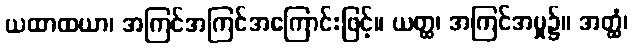
ယထာထယာ၊ အကြင်အကြင်အကြောင်းဖြင့်။ ယတ္ထ၊ အကြင်အမှု၌။ အတ္ထံ၊